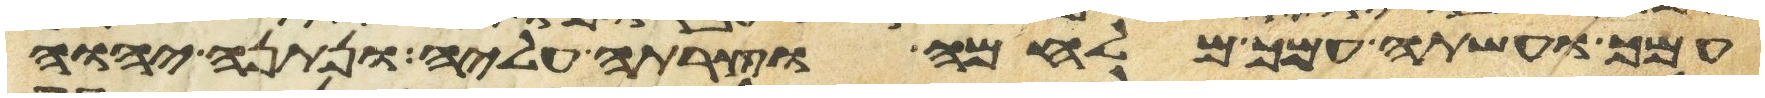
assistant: עמך ועשתה עמך מלחמה וצרת עליה ונתנה יהוה